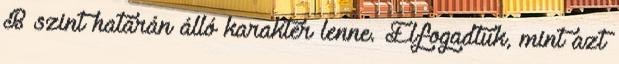
B szint határán álló karakter lenne. Elfogadtuk, mint azt